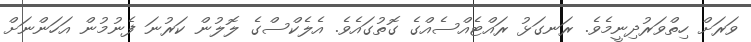
ވަރަށް ހިތްވަރުދިނީމެވެ. ރަނގަޅު ރައްޓެއްސެއްގެ ގޮތުގައެވެ. އެލެކްސްގެ ލޮލުން ކަރުނަ ފެނުމުން އަހަންނަށް